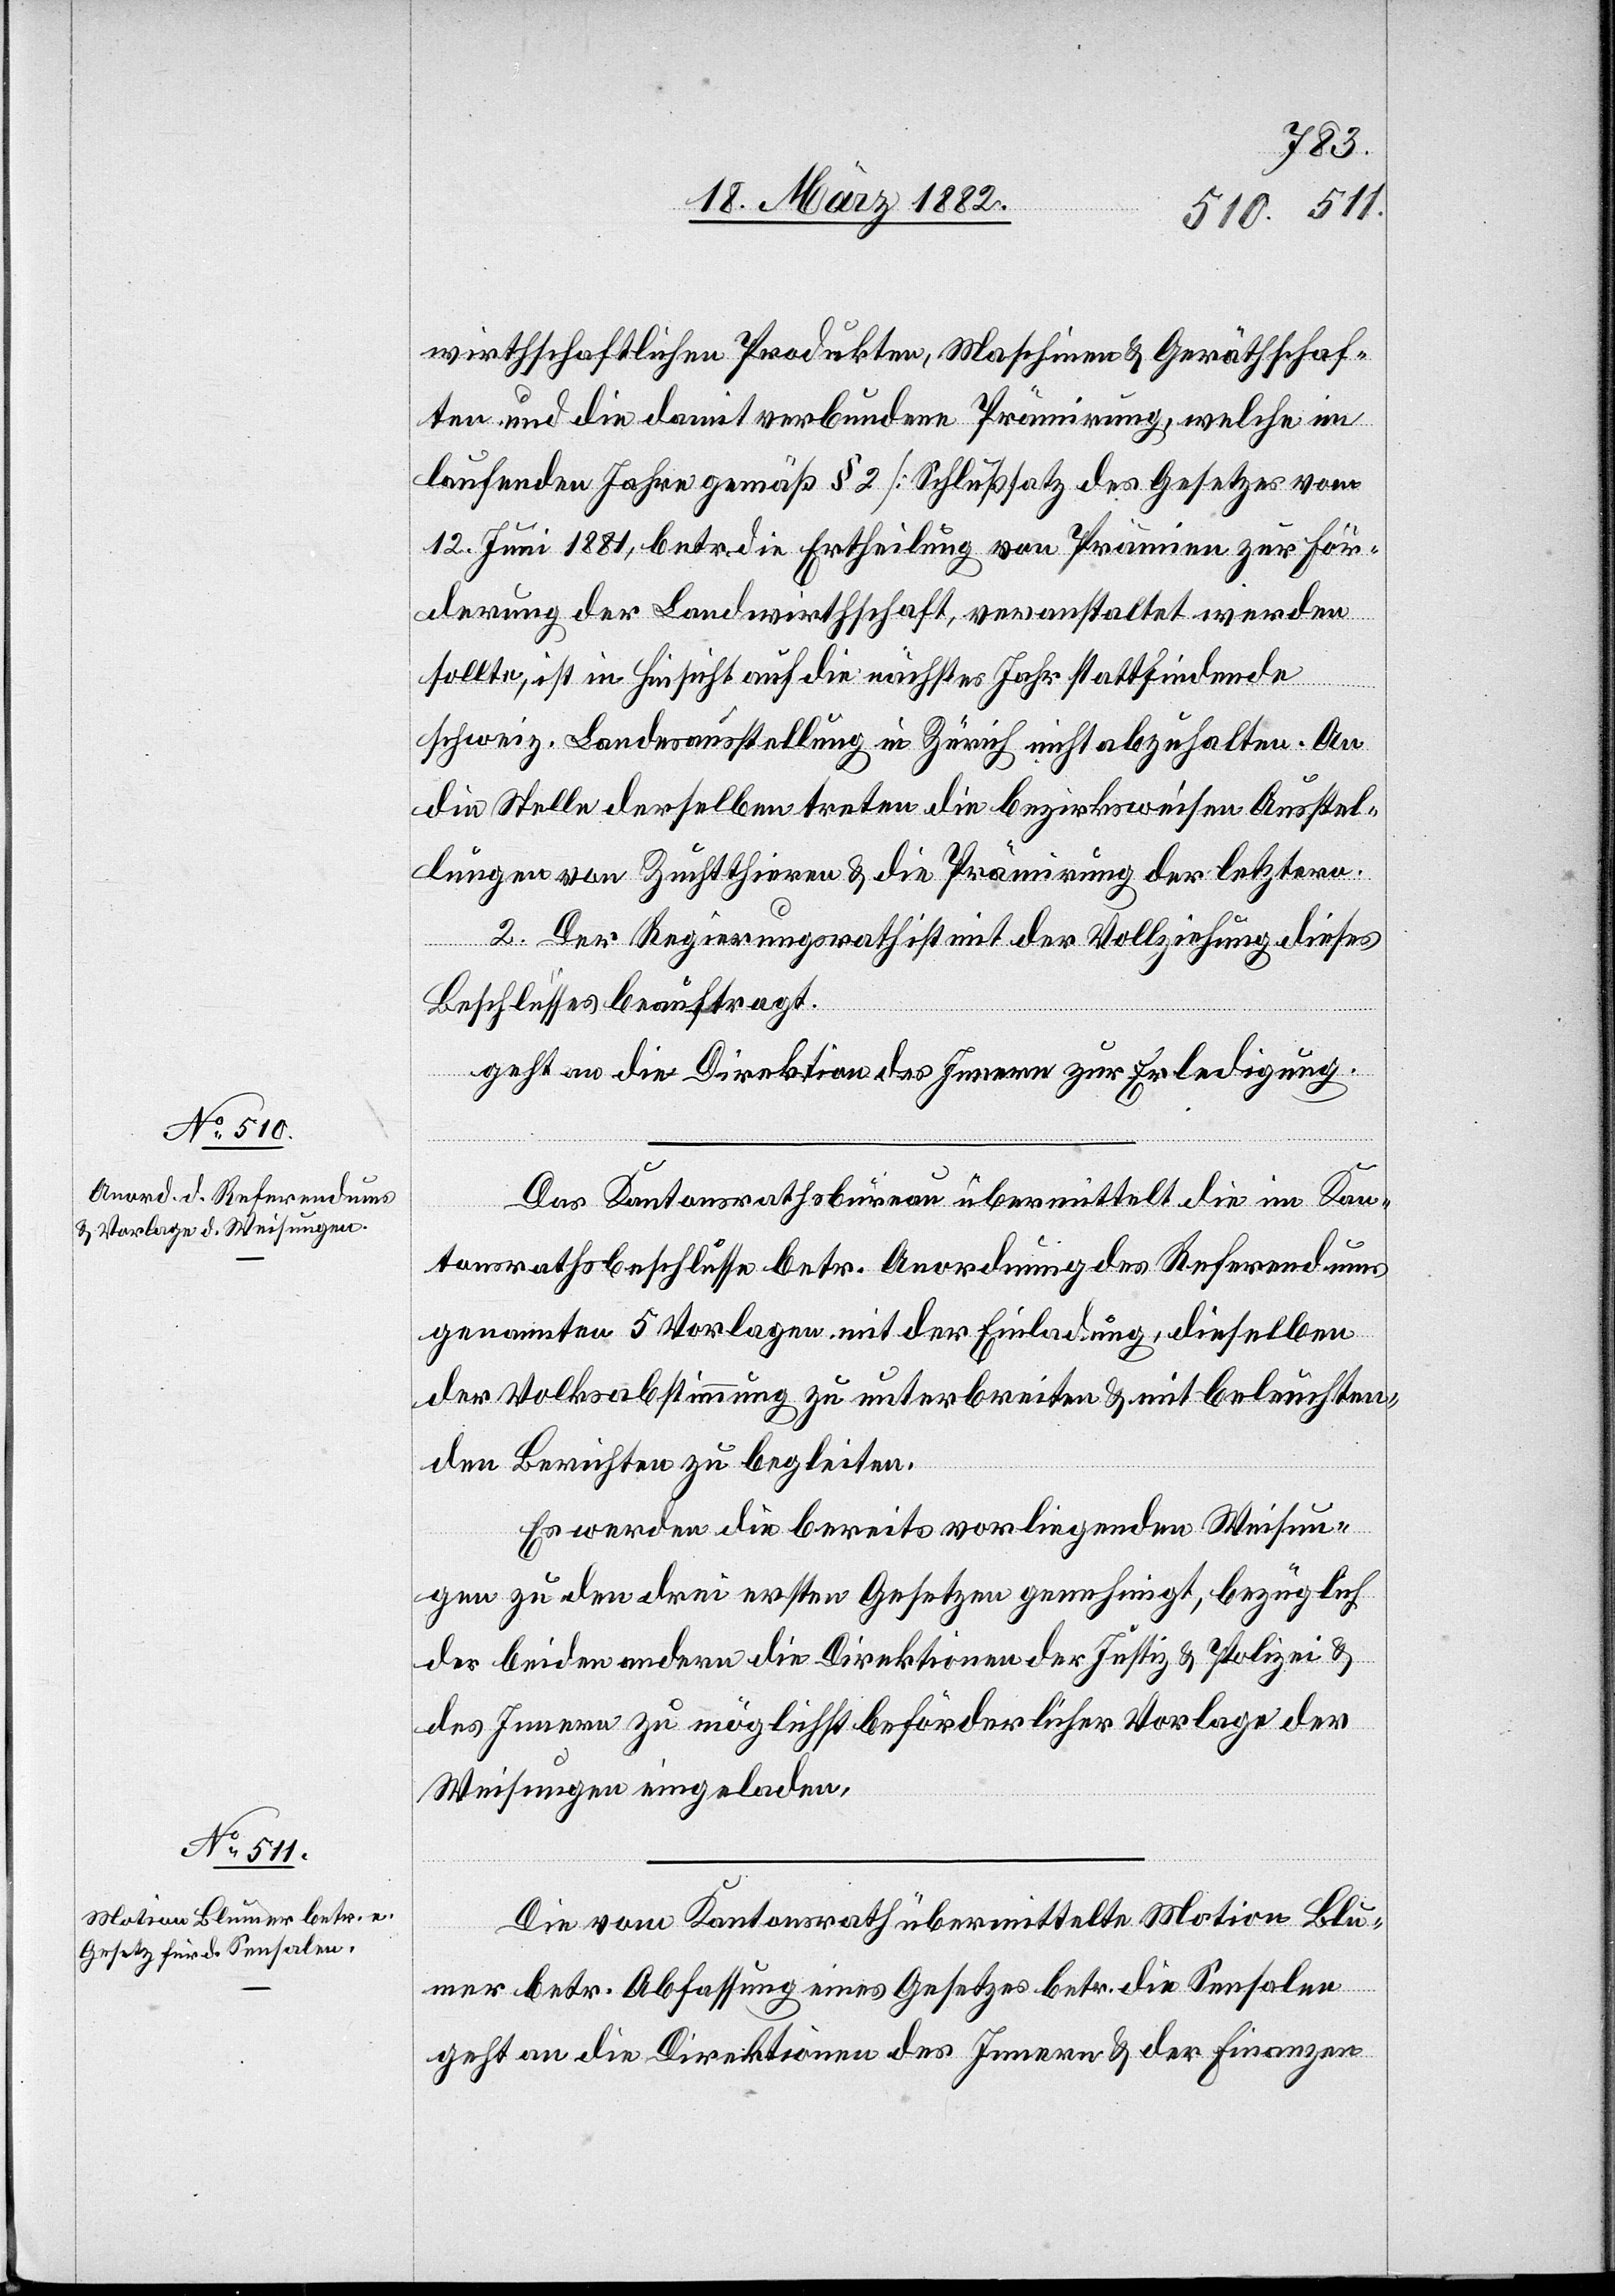
wirthschaftlichen Produkten, Maschinen & Geräthschaf¬
ten und die damit verbundene Prämierung, welche im
laufenden Jahre gemäß § 2 [Schlußsatz des Gesetzes vom
12. Juni 1881], betr. die Ertheilung von Prämien zur För¬
derung der Landwirthschaft, veranstaltet werden
sollte, ist in Hinsicht auf die nächstes Jahr stattfindende
schweiz. Landesaustellung in Zürich nicht abzuhalten. An
die Stelle derselben treten die bezirksweisen Ausstel¬
lungen von Zuchtthieren & die Prämierung der letztern.
2. Der Regierungsrath ist mit der Vollziehung dieses
Beschlusses beauftragt.
geht an die Direktion des Innern zur Erledigung.
Das Kantonsrathsbureau übermittelt die im Kan¬
tonsrathsbeschlusse betr. Anordnung des Referendums
genannten 5 Vorlagen mit der Einladung, dieselben
der Volksabstimmung zu unterbreiten & mit beleuchten¬
den Berichten zu begleiten.
Es werden die bereits vorliegenden Weisun¬
gen zu den drei ersten Gesetzen genehmigt, bezüglich
der beiden andern die Direktionen der Justiz & Polizei &
des Innern zu möglichst beförderlicher Vorlage der
Weisungen eingeladen.
Die vom Kantonsrath übermittelte Motion Blu¬
mer betr. Abfassung eines Gesetzes betr. die Sensalen
geht an die Direktion des Innern & der Finanzen